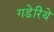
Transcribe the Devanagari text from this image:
गडेरिये